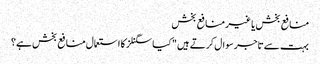
منافع بخش یا غیر منافع بخش
بہت سے تاجر سوال کرتے ہیں "کیا سگنلز کا استعمال منافع بخش ہے؟